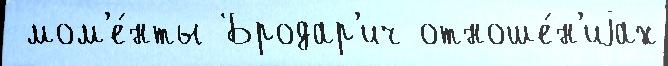
 мом'е́нты Бродар'ич отноше́н'иjах